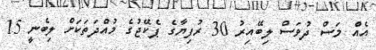
އެއް މަސް ދުވަސް ލިބޭއިރު 30 ރުފިޔާގެ ޕެކޭޖުގެ މުއްދަތަކަށް ލިބެނީ 15